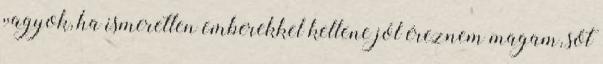
vagyok, ha ismeretlen emberekkel kellene jól éreznem magam, sőt